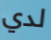
لدي